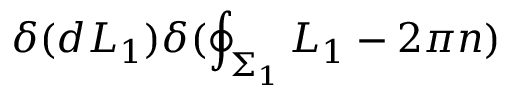
\delta ( d L _ { 1 } ) \delta ( \oint _ { \Sigma _ { 1 } } L _ { 1 } - 2 \pi n )